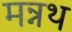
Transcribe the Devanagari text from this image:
मन्नथ